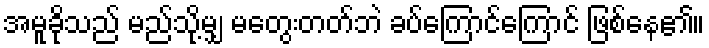
အမူခိုသည် မည်သို့မျှ မတွေးတတ်ဘဲ ခပ်ကြောင်ကြောင် ဖြစ်နေ၏။